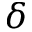
\delta